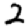
Digit: 2